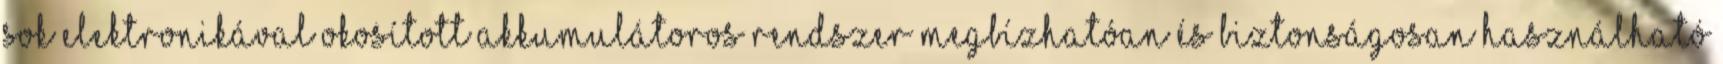
sok elektronikával okosított akkumulátoros rendszer megbízhatóan és biztonságosan használható